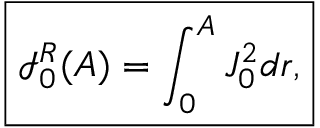
\boxed { \mathcal { I } _ { 0 } ^ { R } ( A ) = \int _ { 0 } ^ { A } J _ { 0 } ^ { 2 } d r , }